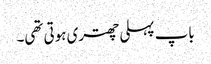
باپ پہلی چھتری ہوتی تھی۔